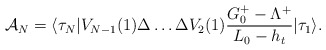
\begin{align*}{\cal A}_N=\langle\tau_N|V_{N-1}(1)\Delta\ldots\Delta V_2(1){G^+_0-\Lambda^+\over L_0-h_t}|\tau_1\rangle .\end{align*}